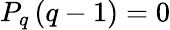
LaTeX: P_{q}\left(q-1\right)=0